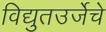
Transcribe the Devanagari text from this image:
विद्युतउर्जेचे